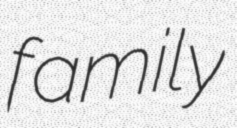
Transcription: family